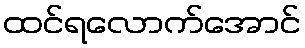
ထင်ရလောက်အောင်